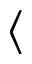
\langle